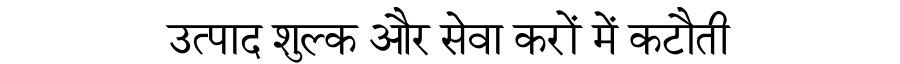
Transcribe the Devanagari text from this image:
उत्पाद शुल्क और सेवा करों में कटौती